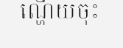
ណ្ហើយចុះ